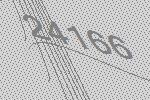
24166